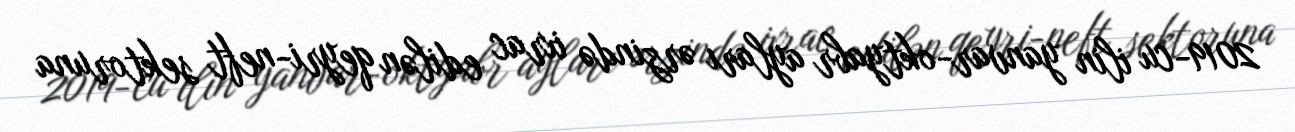
2019-cu ilin yanvar-oktyabr ayları ərzində ixrac edilən qeyri-neft sektoruna